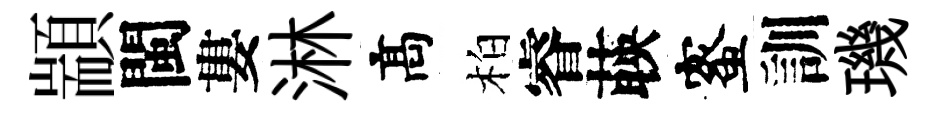
顓閩婁淋髙柏睿𦴤蜜訓璣